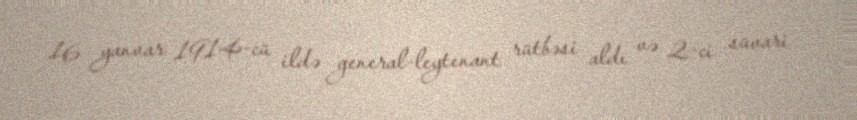
16 yanvar 1914-cü ildə general-leytenant rütbəsi aldı və 2-ci süvari